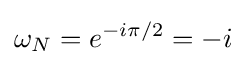
\omega _{N}=e^{-i\pi /2}=-i